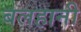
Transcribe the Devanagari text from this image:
बलहानी